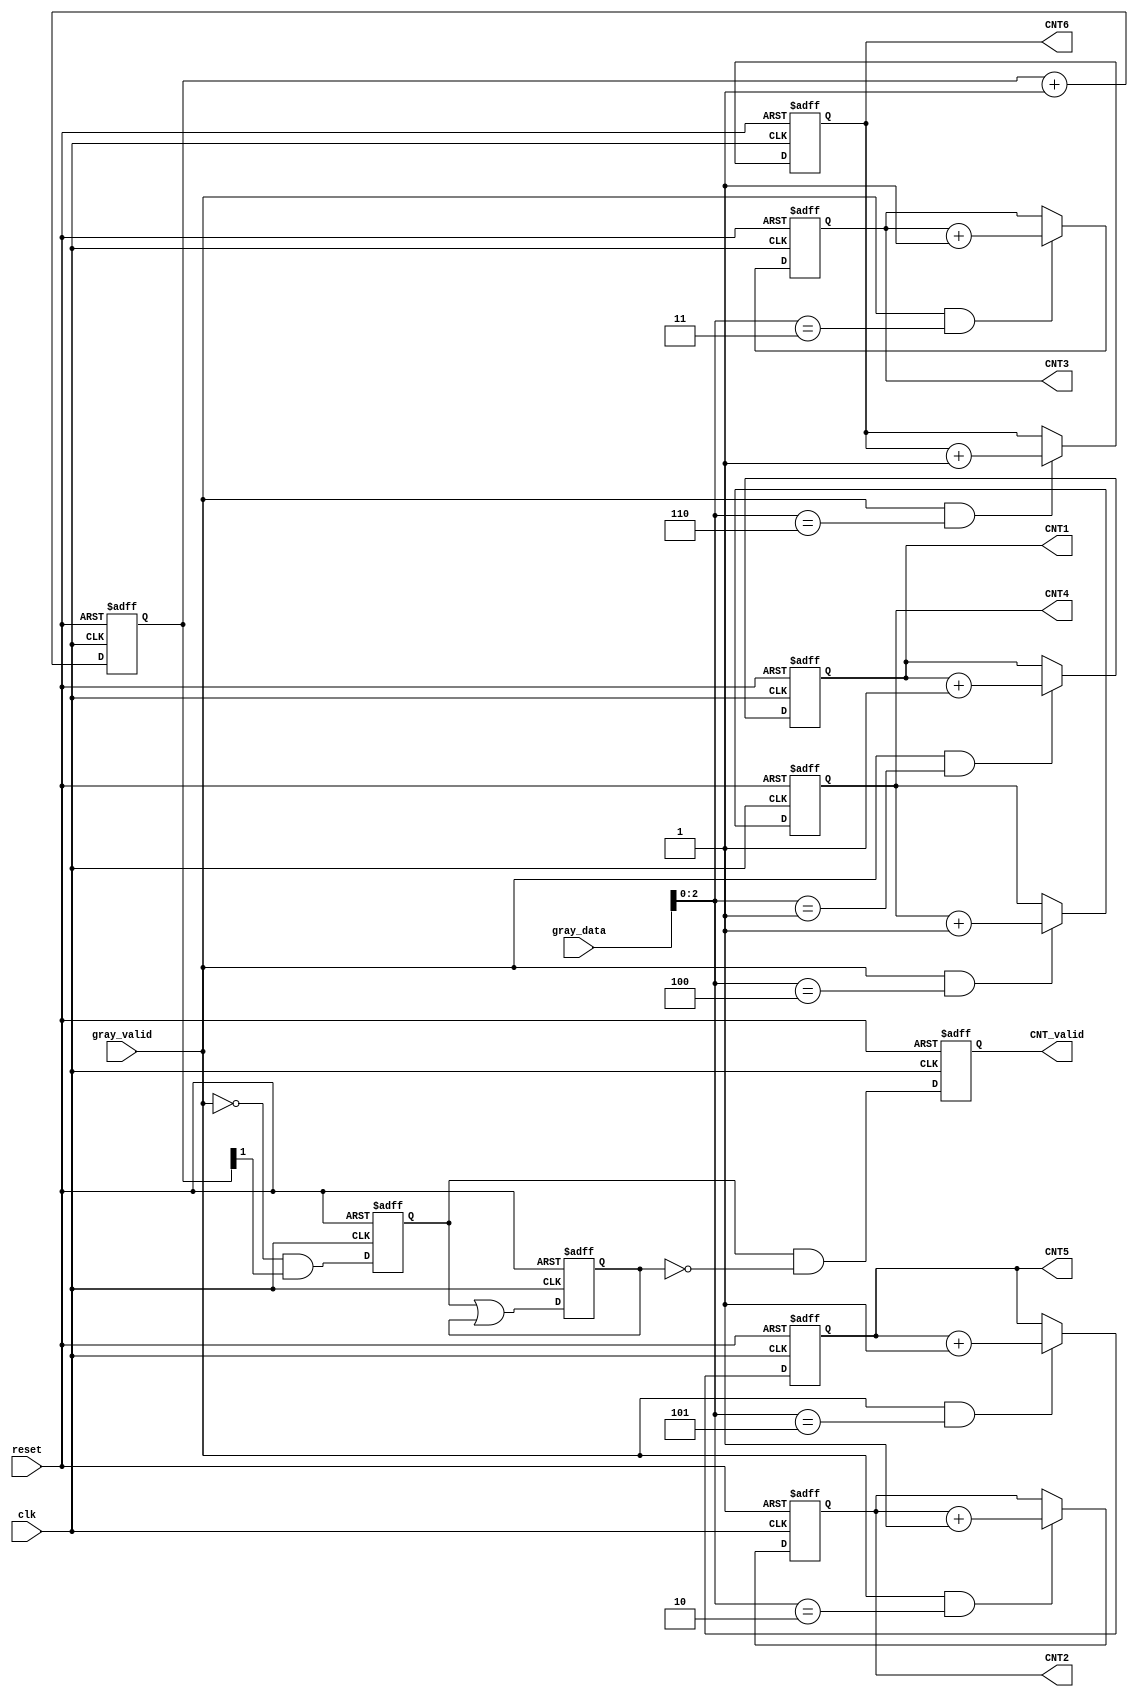
module Counter(clk, reset, gray_data, gray_valid, CNT_valid, CNT1, CNT2, CNT3, CNT4, CNT5, CNT6);
input        clk;
input        reset;
input  [7:0] gray_data;
input        gray_valid;
output       CNT_valid;
output [7:0] CNT1;
output [7:0] CNT2;
output [7:0] CNT3;
output [7:0] CNT4;
output [7:0] CNT5;
output [7:0] CNT6;

reg          CNT_valid;
reg    [7:0] CNT1;
reg    [7:0] CNT2;
reg    [7:0] CNT3;
reg    [7:0] CNT4;
reg    [7:0] CNT5;
reg    [7:0] CNT6;

reg    [1:0] cnt;
reg          done;
reg          done_1;

always @(posedge clk or posedge reset) begin
  if (reset) cnt <= 'b0;
  else       cnt <= cnt + 'b1;
end

always @(posedge clk or posedge reset) begin
  if (reset) begin
    CNT1 <= 'b0;
    CNT2 <= 'b0;
    CNT3 <= 'b0;
    CNT4 <= 'b0;
    CNT5 <= 'b0;
    CNT6 <= 'b0;
  end
  else begin
    if (gray_valid & gray_data[2:0] == 1) CNT1 <= CNT1 + 'b1;
    if (gray_valid & gray_data[2:0] == 2) CNT2 <= CNT2 + 'b1;
    if (gray_valid & gray_data[2:0] == 3) CNT3 <= CNT3 + 'b1;
    if (gray_valid & gray_data[2:0] == 4) CNT4 <= CNT4 + 'b1;
    if (gray_valid & gray_data[2:0] == 5) CNT5 <= CNT5 + 'b1;
    if (gray_valid & gray_data[2:0] == 6) CNT6 <= CNT6 + 'b1;
  end
end

//always @(*) CNT_valid = gray_valid;
always @(posedge clk or posedge reset) begin
  if (reset) done <= 'b0;
  else       done <= ~gray_valid & cnt[1];
end

always @(posedge clk or posedge reset) begin
  if (reset) done_1 <= 'b0;
  else       done_1 <= done | done_1;
end

always @(posedge clk or posedge reset) begin
   if (reset) CNT_valid <= 'b0;
   else       CNT_valid <= done & ~done_1;
end

endmodule